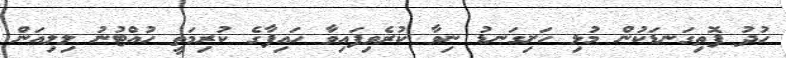
ހުދު ފޮތިގަނޑަކުން މުޅި ހަށިގަނޑު ނިވާ ކުރެވިފައިވާ ހައިފާގެ ކުރިމަތީ ހުއްޓުނު ލިލިއަން